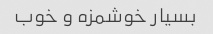
بسیار خوشمزه و خوب